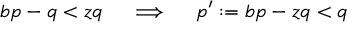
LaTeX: b p - q < z q \quad \implies \quad p ^ { \prime } : = b p - z q < q